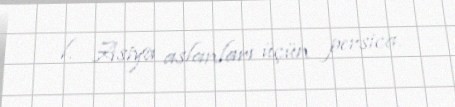
l. Asiya aslanları üçün persica.